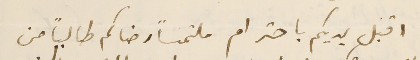
اقبل يديكم باحترام ملتمساً رضاكم طالباً من